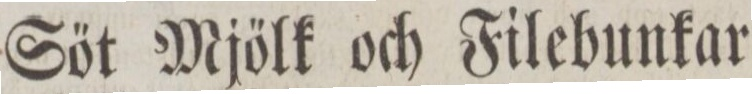
Sät Mjölk och Filebunkar